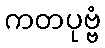
ကတပုဗ္ဗံ